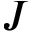
J